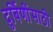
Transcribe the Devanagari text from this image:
दुर्बिणींसाठी